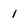
Character: 1